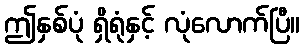
ဤနှစ်ပုံ ရှိရုံနှင့် လုံလောက်ပြီ။